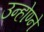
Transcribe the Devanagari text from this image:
उन्होण्ने